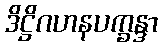
ဒိဋ္ဌိဂဟနပက္ခန္ဒာ